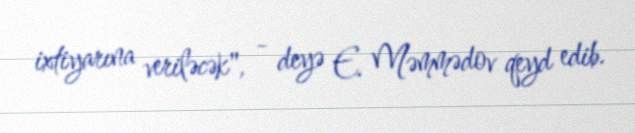
ixtiyarına veriləcək", - deyə E. Məmmədov qeyd edib.